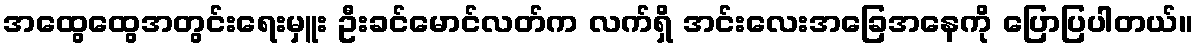
အထွေထွေအတွင်းရေးမှူး ဦးခင်မောင်လတ်က လက်ရှိ အင်းလေးအခြေအနေကို ပြောပြပါတယ်။